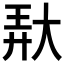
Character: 𱘱